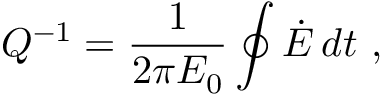
Q ^ { - 1 } = \frac { 1 } { 2 \pi E _ { 0 } } \oint \dot { E } \, d t \ ,